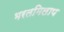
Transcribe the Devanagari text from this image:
भरतमिलाप